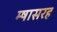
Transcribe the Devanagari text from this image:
म्षासरह